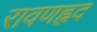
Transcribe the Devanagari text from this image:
रावणह्नद